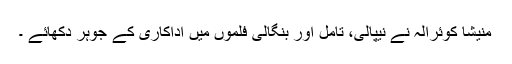
منیشا کوئرالہ نے نیپالی، تامل اور بنگالی فلموں میں اداکاری کے جوہر دکھائے ۔